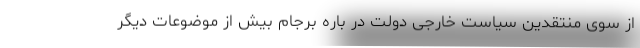
از سوی منتقدین سیاست خارجی دولت در باره برجام بیش از موضوعات دیگر